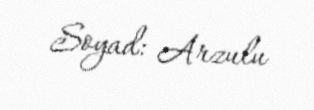
Soyad: Arzulu